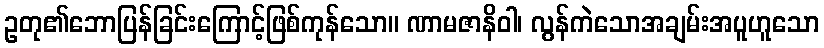
ဥတု၏ဘောပြန်ခြင်းကြောင့်ဖြစ်ကုန်သော။ ဏာမဇာနိဝါ၊ လွန်ကဲသောအချမ်းအပူဟူသော